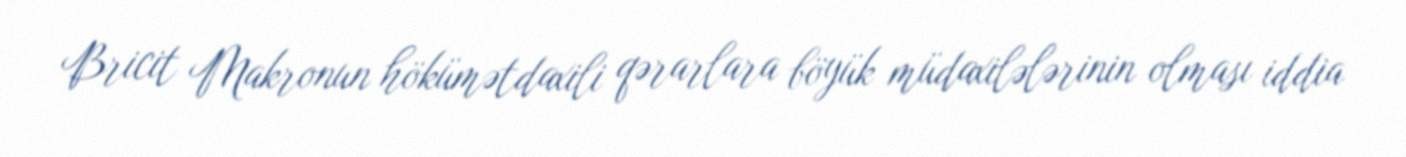
Bricit Makronun hökümətdaxili qərarlara böyük müdaxilələrinin olması iddia